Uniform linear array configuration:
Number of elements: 64
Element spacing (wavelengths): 0.75
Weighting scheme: uniform
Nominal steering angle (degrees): -30
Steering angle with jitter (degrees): -29.845
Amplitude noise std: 0.05
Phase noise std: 0.05

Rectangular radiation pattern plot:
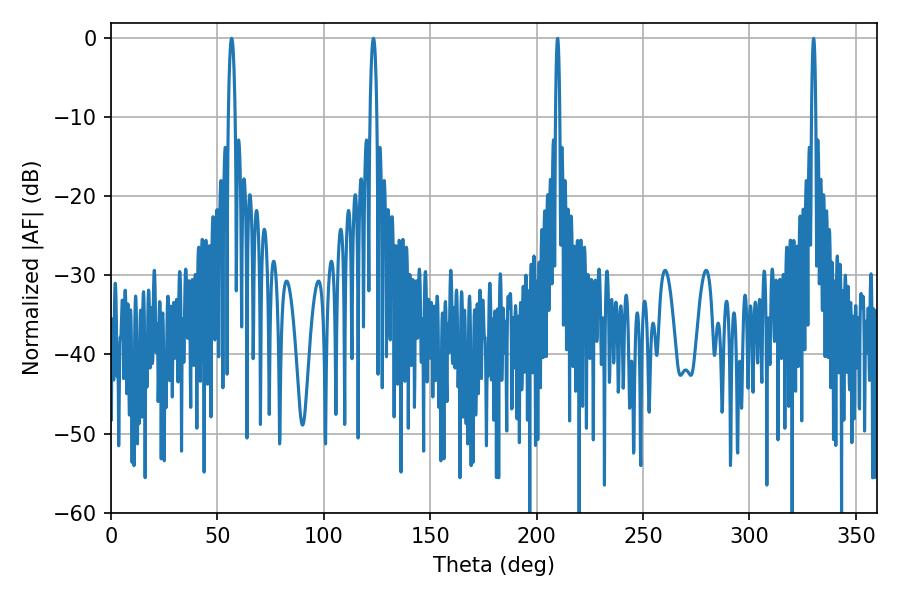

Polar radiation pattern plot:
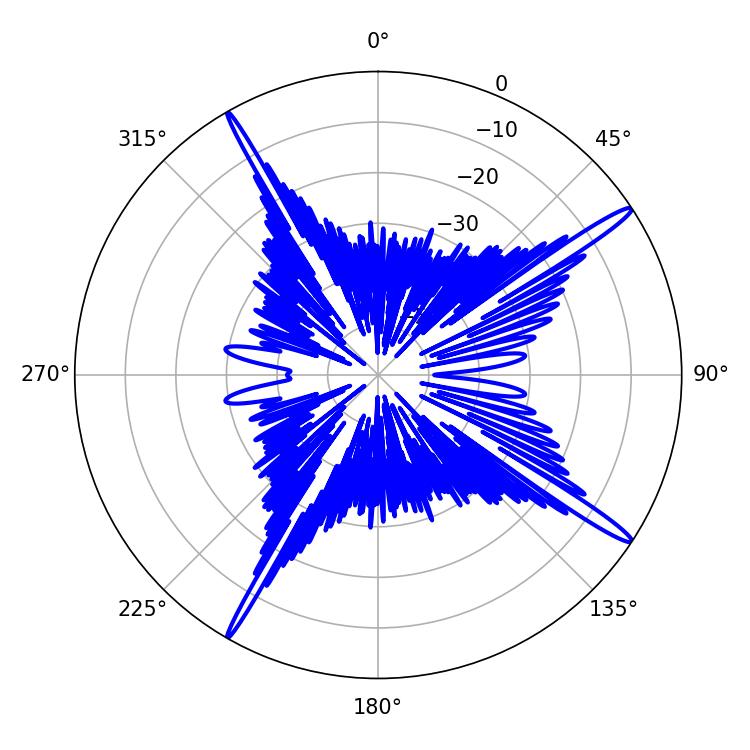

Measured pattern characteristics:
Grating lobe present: TRUE
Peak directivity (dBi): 17.069
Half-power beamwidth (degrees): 1.8
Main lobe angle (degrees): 123.3